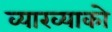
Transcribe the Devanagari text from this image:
व्याख्याको